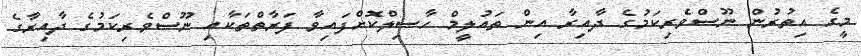
މީގެ އިތުރުން ނޫސްވެރިކަމުގެ ދާއިރާ އިން ތައުލީމް ހާސިލްކޮށްފައިވާ ފަރާތްތަކާއި ނޫސްވެރިކަމުގެ ދާއިރާގެ